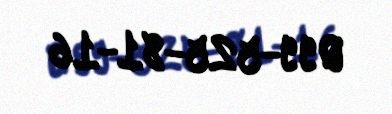
099-525-81-16